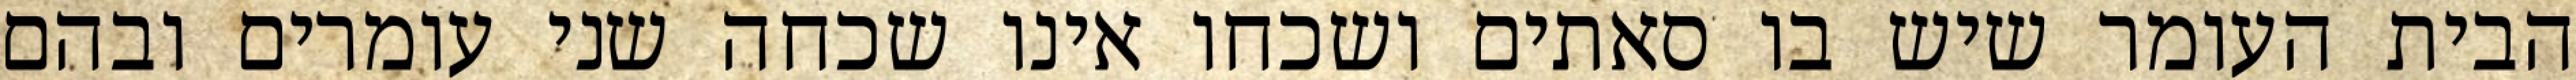
הבית העומר שיש בו סאתים ושכחו אינו שכחה שני עומרים ובהם